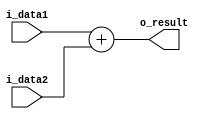
module adder(i_data1, i_data2, o_result);

input [31:0] i_data1, i_data2;
output [31:0] o_result;

assign o_result = i_data1 + i_data2;

  
endmodule